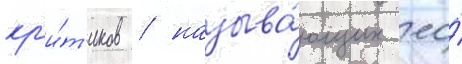
кр'и́т'иков / называ́ющих ео́